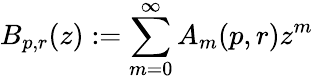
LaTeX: B_{p,r}(z):=\sum_{m=0}^{\infty}A_{m}(p,r)z^{m}